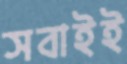
সবাইই